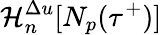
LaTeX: \mathcal{H}_{n}^{\Delta u}[N_{p}(\tau^{+})]